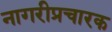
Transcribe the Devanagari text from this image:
नागरीप्रचारक